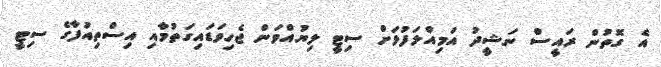
އެ ގޮތުން ރައީސް ނަޝީދު އަމިއްލަފުޅަށް ސިޓީ ލިޔުއްވަން ޖެހިވަޑައިގަތުމާއި އިސްތިއުފާގެ ސިޓީ